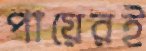
পায়েরই